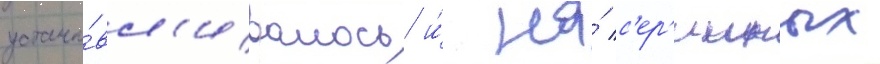
устана́вл'ивалось и́ на́ с'ер'ииных